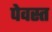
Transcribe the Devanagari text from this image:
पेवस्त